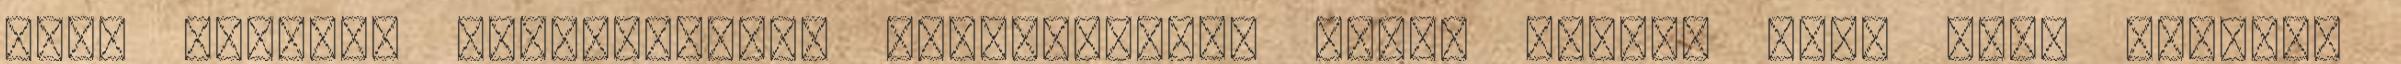
első házasok kedvezményét igénybevevők száma Tavaly több mint kétszer